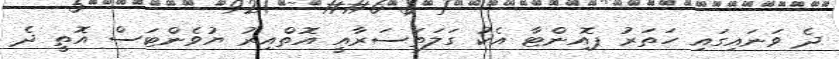
ދެ ވަނައިގައި ހަތަރު ޕޮއިންޓާ އެކު ގަލަތަސަރާއީ އޮތްއިރު ޔުވެންޓަސް އޮތީ ދެ